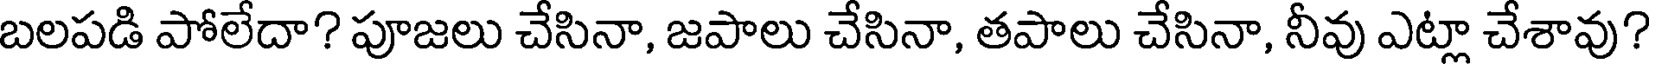
బలపడి పోలేదా? పూజలు చేసినా, జపాలు చేసినా, తపాలు చేసినా, నీవు ఎట్లా చేశావు?